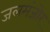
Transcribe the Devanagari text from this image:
जलमंजोर